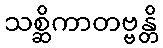
သစ္ဆိကာတဗ္ဗန္တိ